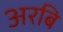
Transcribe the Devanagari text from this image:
अरबि